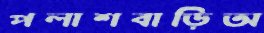
পলাশবাড়িঅ